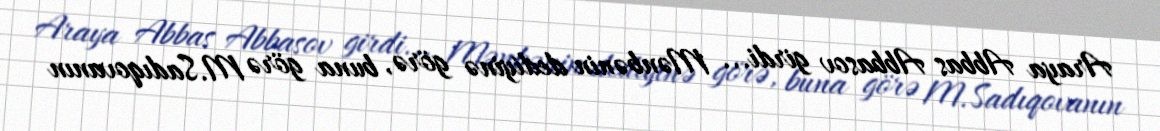
Araya Abbas Abbasov girdi... Mənbənin dediyinə görə, buna görə M.Sadıqovanın